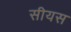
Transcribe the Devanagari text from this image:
सीयस